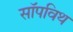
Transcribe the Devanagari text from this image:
सॉपविथ